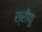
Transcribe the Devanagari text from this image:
श्रीणु